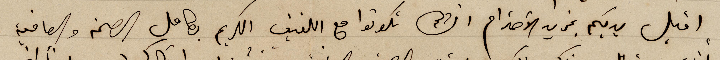
اقبل يديكم بمزيد الاحترام انشالله تكونوا مع اللفيف الكريم بكامل الصحة والعافي